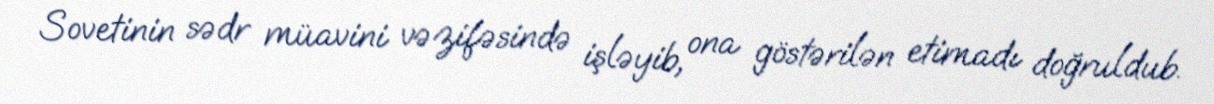
Sovetinin sədr müavini vəzifəsində işləyib, ona göstərilən etimadı doğruldub.